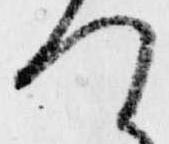
つ